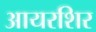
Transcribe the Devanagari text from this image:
आयरशिर